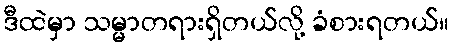
ဒီထဲမှာ သမ္မာတရားရှိတယ်လို့ ခံစားရတယ်။